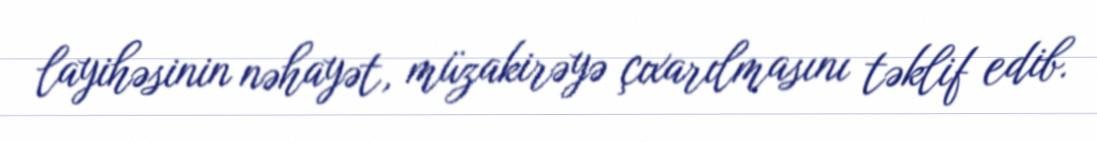
layihəsinin nəhayət, müzakirəyə çıxarılmasını təklif edib.